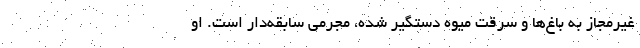
غیرمجاز به باغ‌ها و سرقت میوه دستگیر شده، مجرمی سابقه‌دار است. او